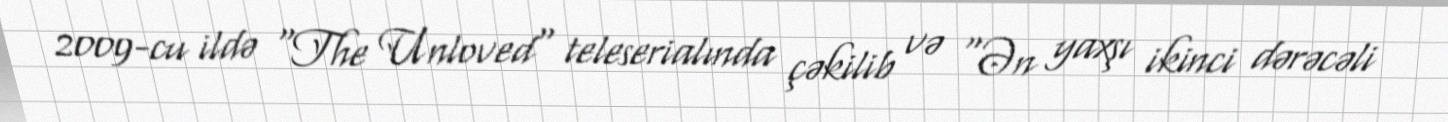
2009-cu ildə "The Unloved" teleserialında çəkilib və "Ən yaxşı ikinci dərəcəli